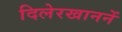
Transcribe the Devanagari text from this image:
दिलेरखाननें